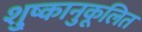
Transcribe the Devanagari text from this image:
शु्ष्कानुकूलित